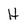
Character: H